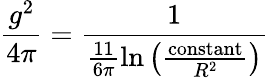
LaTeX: \frac{g^{2}}{4\pi}=\frac{1}{\frac{11}{6\pi}\ln\left(\frac{\textrm{constant}}{R^{2}}\right)}